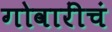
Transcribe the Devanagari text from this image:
गोवारींचं